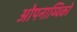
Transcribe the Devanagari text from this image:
ओपनाय्यिको